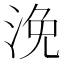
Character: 浼